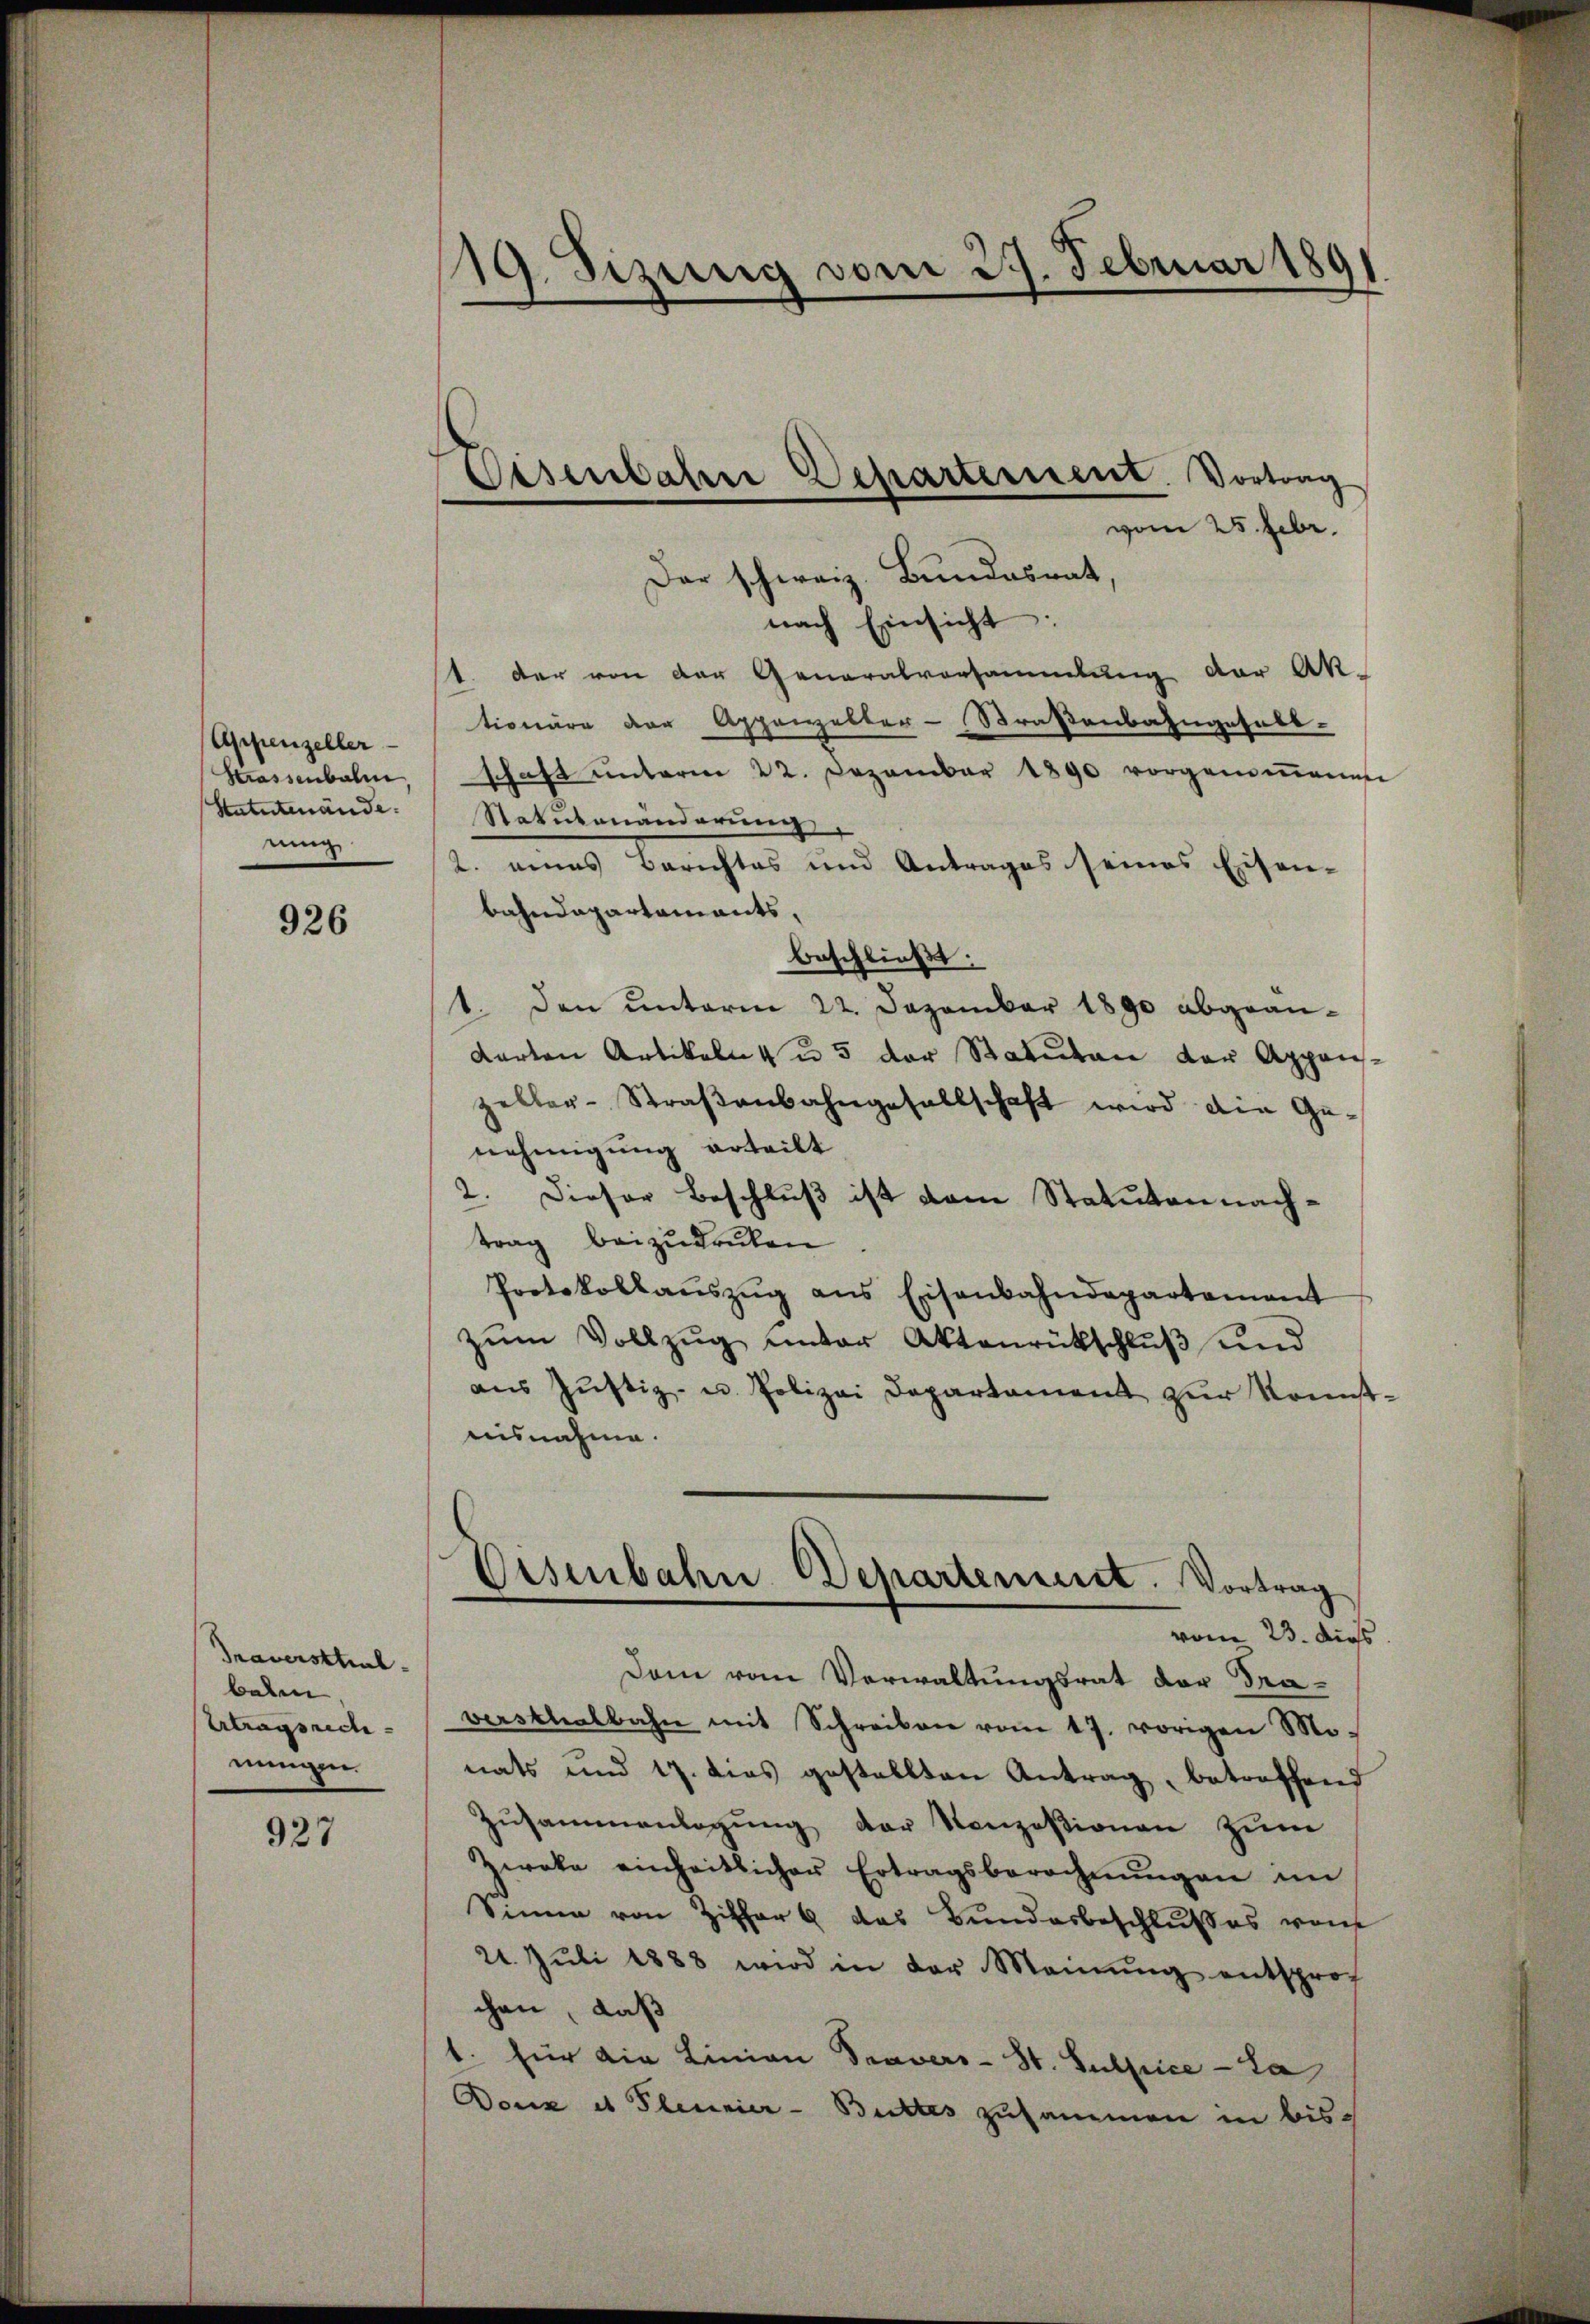
Appenzeller
Strassenbahn
Statutenände.
nung

926

Traverstreul
balm
Ertragsrech
nungen

927

19. Sizung vom 27. Februar 189
.

Eisenbahn Departement. Vortrag

vom 25. Febr.
Der schweiz. Bundesrat
nach Einsicht:
1. der von der Generalvorsammlung der Ak
tionäre der Appenzelter-Straßenbahngesell-
schaft ŭnterm 22. Dezember 1890 vorgenomenes
Statutenänderung
2. eines Berichtes und Antrages seines Eisen-
bahndepartaments,
beschließt:
1. Den unterm 22. Dezember 1890 abgeän¬
Karten Artikeln 4 u. 5 der Staturen der Appen
zeller-Straβenbahngesellschaft wird die Ge-
nehmigung erteilt
2. Dieser Beschluß ist dem Statuten nachtrag beizudrüken.
Protokollaŭszŭg ans Eisenbahndepartement
zŭm Vollzŭg ŭnter Aktenrückschlŭβ ŭnd
aŭs Jŭstiz- u. Polizei Departament zŭr Konst
misnahme.
¬
Osenbahn Departement. Vortrag
vom 23. dies
Dem vom Verwaltungsrat der Fraversthalbahn mit Schreiben vom 17. vorigen Mo-
nats und 17. dies gestellten Antrag, betreffend
Zusammenlegung der Konzesionen zum
Zweka einheitlicher Ertragsberechnŭngen im
Sinne von Ziffer das Bunderbeschlŭsses von
21. Jŭli 1888 wird in der Meinŭng entsproch
chen, daß
1. für die Linien Travers- St. Sulpice - La
Doux et Plennier - Buttes zusammen in bis¬